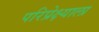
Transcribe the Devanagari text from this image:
परिप्रेक्ष्याला